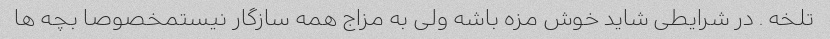
تلخه . در شرایطی شاید خوش مزه باشه ولی به مزاج همه سازگار نیستمخصوصا بچه ها